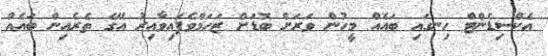
އެކްސިޑެންޓް ހިނގައި ބައެއް މީހުން ވަރަށް ބޮޑަށް ޒަހަމްވެފައިވާއިރު އޭގެ ތެރެއިން ބައެއް